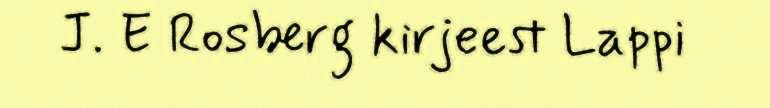
J. E Rosberg kirjeest Lappi